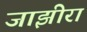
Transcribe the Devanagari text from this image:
जाझीरा